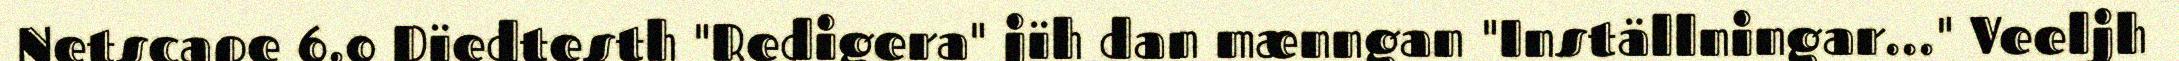
Netscape 6.0 Dïedtesth "Redigera" jïh dan mænngan "Inställningar..." Veeljh